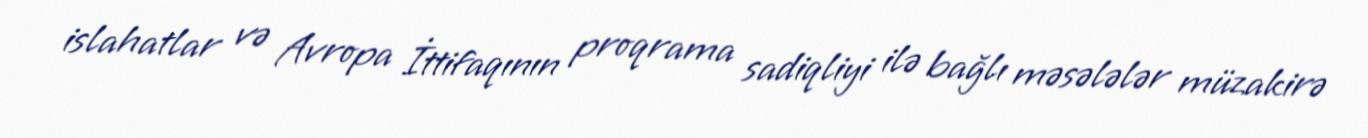
islahatlar və Avropa İttifaqının proqrama sadiqliyi ilə bağlı məsələlər müzakirə